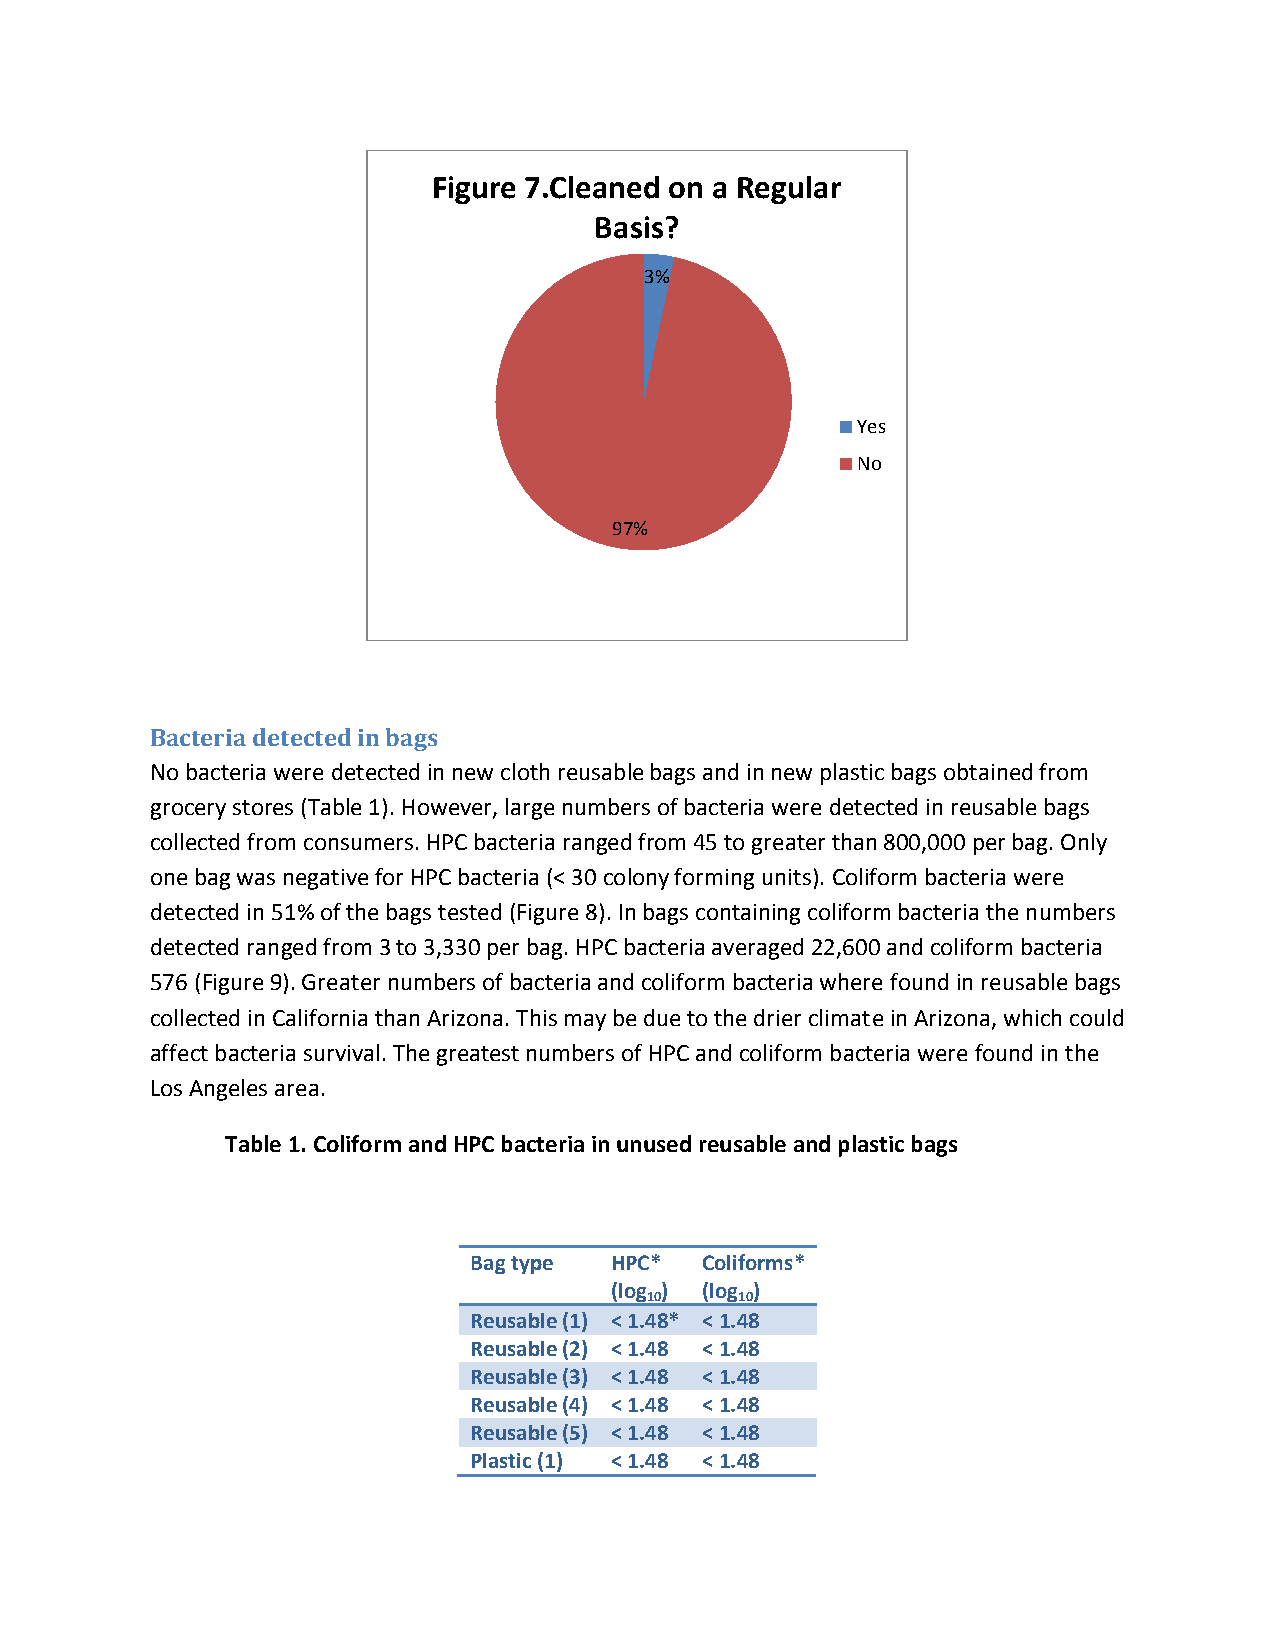
Figure 7.Cleaned on a Regular
 Basis?
 3%
 Yes
 No
 97%
 Bacteria detected in bags
 No bacteria were detected in new cloth reusable bags and in new plastic bags obtained from
 grocery stores (Table 1). However, large numbers of bacteria were detected in reusable bags
 collected from consumers. HPC bacteria ranged from 45 to greater than 800,000 per bag. Only
 one bag was negative for HPC bacteria (< 30 colony forming units). Coliform bacteria were
 detected in 51% of the bags tested (Figure 8). In bags containing coliform bacteria the numbers
 detected ranged from 3 to 3,330 per bag. HPC bacteria averaged 22,600 and coliform bacteria
 576 (Figure 9). Greater numbers of bacteria and coliform bacteria where found in reusable bags
 collected in California than Arizona. This may be due to the drier climate in Arizona, which could
 affect bacteria survival. The greatest numbers of HPC and coliform bacteria were found in the
 Los Angeles area.
 Table 1. Coliform and HPC bacteria in unused reusable and plastic bags
 Bag type HPC*  Coliforms*
 (log ) (log )
 10    10
 Reusable (1) < 1.48* < 1.48
 Reusable (2) < 1.48 < 1.48
 Reusable (3) < 1.48 < 1.48
 Reusable (4) < 1.48 < 1.48
 Reusable (5) < 1.48 < 1.48
 Plastic (1) < 1.48 < 1.48